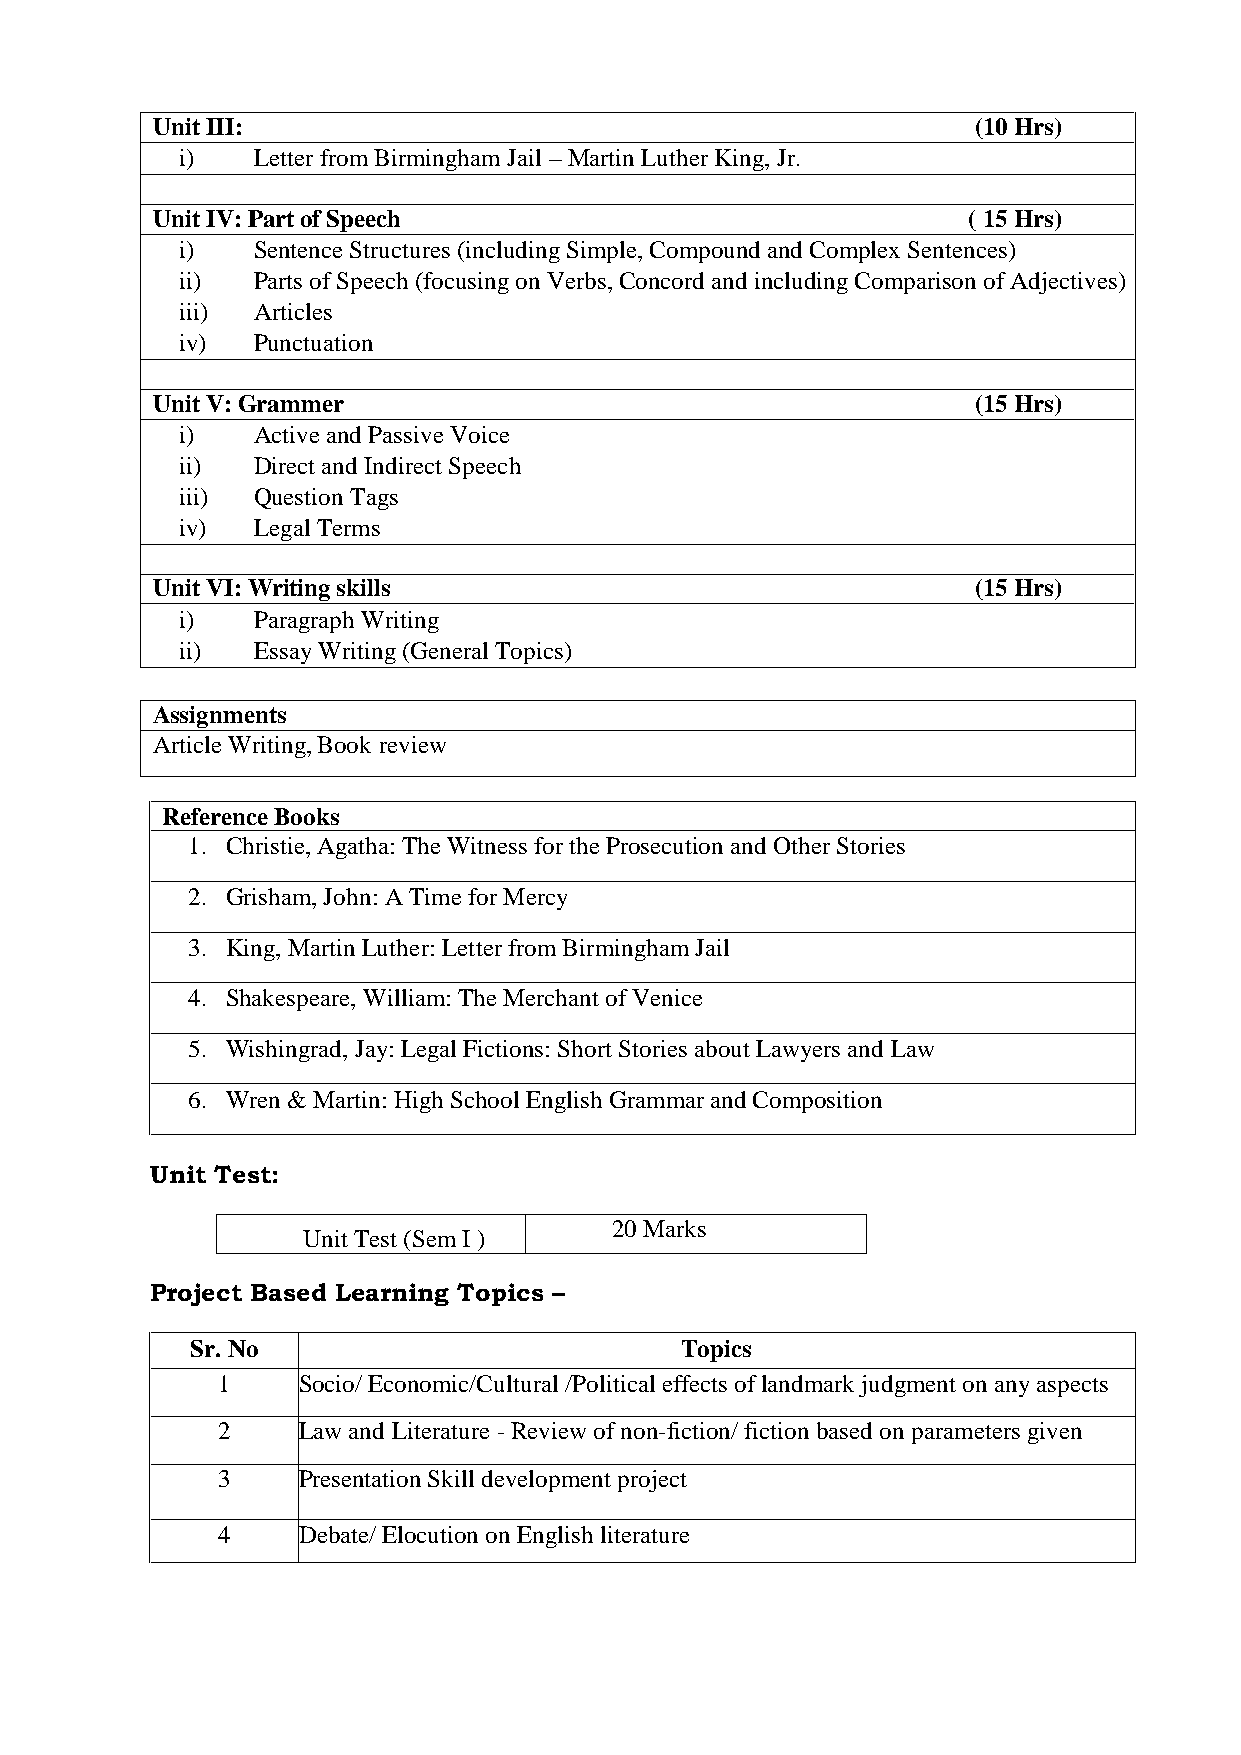
UnitIII:                                              (10Hrs)
 i)   Letter from Birmingham Jail –Martin Luther King, Jr.
 UnitIV:Part of Speech                                 (15Hrs)
 i)   Sentence Structures (including Simple, Compound and Complex Sentences)
 ii)  Parts of Speech (focusing on Verbs, Concord and including Comparison of Adjectives)
 iii) Articles
 iv)  Punctuation
 UnitV:Grammer                                         (15Hrs)
 i)   Active and Passive Voice
 ii)  Direct and Indirect Speech
 iii) Question Tags
 iv)  Legal Terms
 UnitVI:Writing skills                                 (15Hrs)
 i)   Paragraph Writing
 ii)  Essay Writing (General Topics)
 Assignments
 Article Writing, Book review
 ReferenceBooks
 1. Christie, Agatha: The Witness for the Prosecution and Other Stories
 2. Grisham, John: A Time for Mercy
 3. King, Martin Luther: Letter from Birmingham Jail
 4. Shakespeare, William: The Merchant of Venice
 5. Wishingrad, Jay: Legal Fictions: Short Stories about Lawyers and Law
 6. Wren & Martin: High School English Grammar and Composition
 Unit Test:
 20 Marks
 Unit Test (Sem I )
 Project Based Learning Topics –
 Sr. No                          Topics
 1     Socio/ Economic/Cultural /Political effects of landmark judgment on any aspects
 2     Law and Literature -Review of non-fiction/ fiction based on parameters given
 3     Presentation Skill development project
 4     Debate/ Elocution on English literature